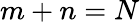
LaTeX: m+n=N